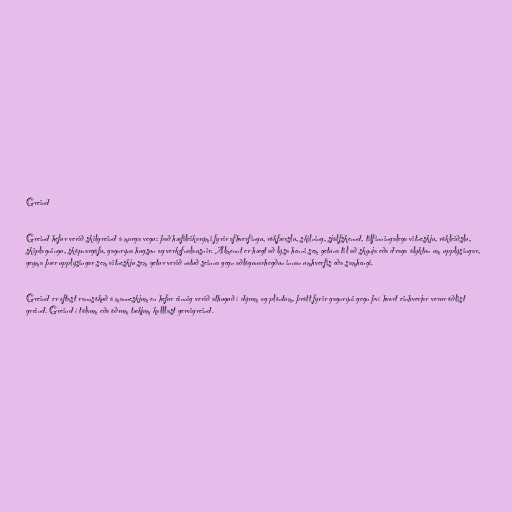
Greind

Greind hefur verið skilgreind á marga vegu: það hæfileikarými fyrir afhverfingu, rökfærslu, skilning, sjálfskennd, tilfinningalega vitneskju, rökleiðslu,
skiplagningu, sköpnargáfu, gagnrýna hugsun og verkefnalausnir. Almennt er hægt að lýsa henni sem getuna til að skynja eða draga ályktun um upplýsingar,
geyma þær upplýsingar sem vitneskju sem getur verið notuð seinna gegn aðlögunarhegðun innan umhverfis eða samhengi.

Greind er oftast rannsökuð á manneskjum en hefur einnig verið athuguð í dýrum og plöntum, þrátt fyrir gagnrýni gegn því hvort einhverjar verur öðlist
greind. Greind í tölvum eða öðrum tækjum kalllast gervigreind.